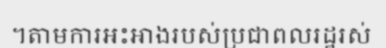
។តាមការអះអាងរបស់ប្រជាពលរដ្ឋរស់